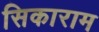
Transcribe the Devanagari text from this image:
सिकाराम